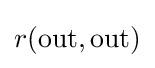
r({\text{out}},{\text{out}})